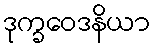
ဒုက္ခဝေဒနိယာ